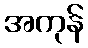
အကုန်